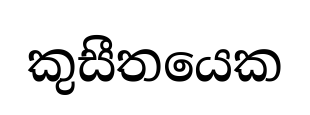
කුසීතයෙක